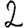
Digit: 2